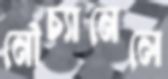
নৌচ্যানেলে